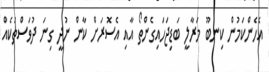
އެހެންކަމުން ކިނބޫ މަރާލީ ބަޑިޖަހައިގެންތޯ އާއި އެސޮރަށް ކާން ނުދީ ގިނަ ދުވަސްތަކެއް